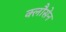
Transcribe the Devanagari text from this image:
क्लौसेन